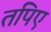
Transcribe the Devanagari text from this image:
तपिए